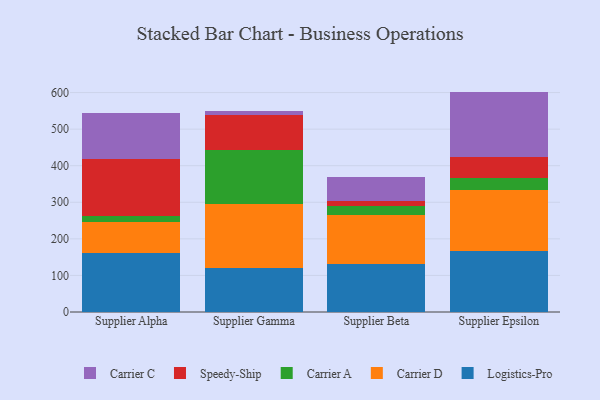
{"axis": {"x": "Supplier", "y": "Latency (ms)"}, "legend": ["Carrier A", "Carrier C", "Carrier D", "Logistics-Pro", "Speedy-Ship"], "data": [{"x": "Supplier Alpha", "y": 161.8, "type": "Logistics-Pro"}, {"x": "Supplier Alpha", "y": 85.3, "type": "Carrier D"}, {"x": "Supplier Alpha", "y": 15.8, "type": "Carrier A"}, {"x": "Supplier Alpha", "y": 155.0, "type": "Speedy-Ship"}, {"x": "Supplier Alpha", "y": 126.8, "type": "Carrier C"}, {"x": "Supplier Gamma", "y": 120.7, "type": "Logistics-Pro"}, {"x": "Supplier Gamma", "y": 175.0, "type": "Carrier D"}, {"x": "Supplier Gamma", "y": 147.1, "type": "Carrier A"}, {"x": "Supplier Gamma", "y": 96.2, "type": "Speedy-Ship"}, {"x": "Supplier Gamma", "y": 9.6, "type": "Carrier C"}, {"x": "Supplier Beta", "y": 131.2, "type": "Logistics-Pro"}, {"x": "Supplier Beta", "y": 133.0, "type": "Carrier D"}, {"x": "Supplier Beta", "y": 26.5, "type": "Carrier A"}, {"x": "Supplier Beta", "y": 13.5, "type": "Speedy-Ship"}, {"x": "Supplier Beta", "y": 64.7, "type": "Carrier C"}, {"x": "Supplier Epsilon", "y": 167.0, "type": "Logistics-Pro"}, {"x": "Supplier Epsilon", "y": 165.9, "type": "Carrier D"}, {"x": "Supplier Epsilon", "y": 33.2, "type": "Carrier A"}, {"x": "Supplier Epsilon", "y": 58.2, "type": "Speedy-Ship"}, {"x": "Supplier Epsilon", "y": 178.3, "type": "Carrier C"}]}